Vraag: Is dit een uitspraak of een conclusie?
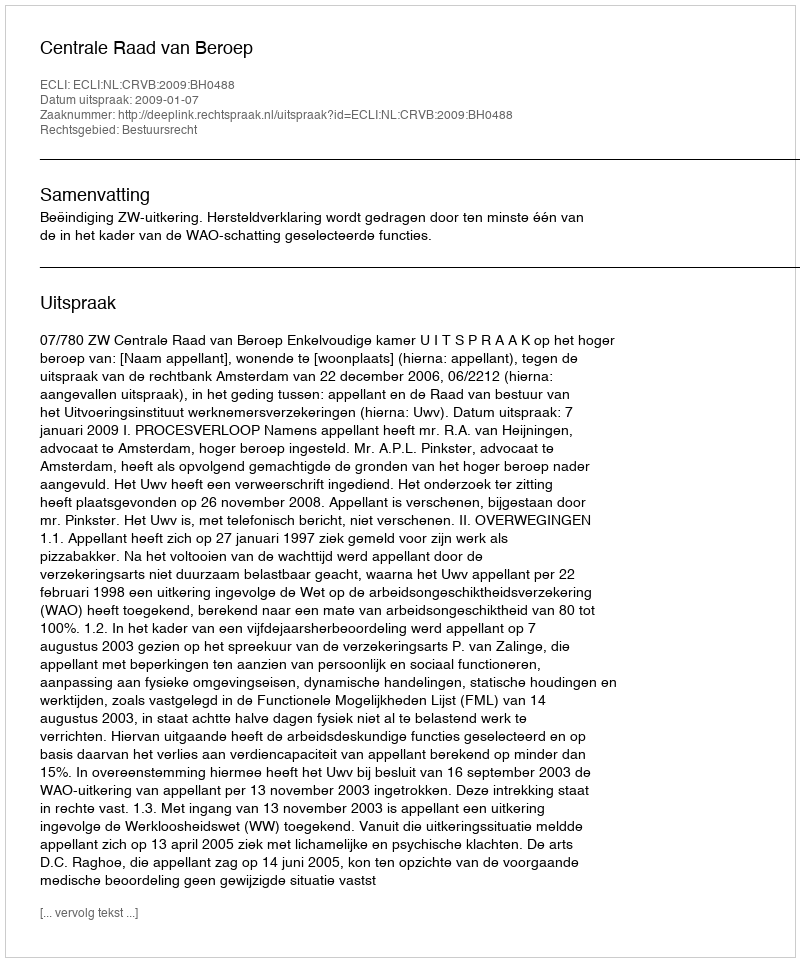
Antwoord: Uitspraak